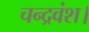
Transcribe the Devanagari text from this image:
चन्द्रवंश।